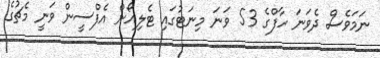
ނަމަވެސް ދެވަނަ ހާފްގެ 53 ވަނަ މިނަޓުގައި ޓެލިއޯން އެފްސީން ވަނީ މެޗުގެ